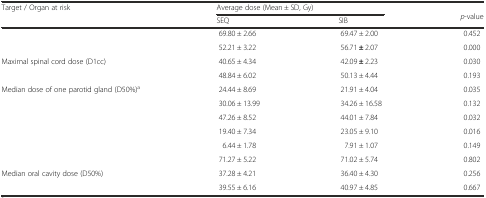
<table><thead><tr><td rowspan="2"><b>Target / Organ at risk</b></td><td colspan="2"><b>Average dose (Mean ± SD, Gy)</b></td><td rowspan="2"><b><i>p</i>-value</b></td></tr><tr><td><b>SEQ</b></td><td><b>SIB</b></td></tr></thead><tbody><tr><td>[EMPTY_CELL]</td><td>69.80 ± 2.66</td><td>69.47 ± 2.00</td><td>0.452</td></tr><tr><td>[EMPTY_CELL]</td><td>52.21 ± 3.22</td><td>56.71 <b>±</b> 2.07</td><td>0.000</td></tr><tr><td>Maximal spinal cord dose (D1cc)</td><td>40.65 ± 4.34</td><td>42.09 <b>±</b> 2.23</td><td>0.030</td></tr><tr><td>[EMPTY_CELL]</td><td>48.84 ± 6.02</td><td>50.13 ± 4.44</td><td>0.193</td></tr><tr><td>Median dose of one parotid gland (D50%)<sup>a</sup></td><td>24.44 ± 8.69</td><td>21.91 ± 4.04</td><td>0.035</td></tr><tr><td>[EMPTY_CELL]</td><td>30.06 ± 13.99</td><td>34.26 ± 16.58</td><td>0.132</td></tr><tr><td>[EMPTY_CELL]</td><td>47.26 ± 8.52</td><td>44.01 ± 7.84</td><td>0.032</td></tr><tr><td>[EMPTY_CELL]</td><td>19.40 ± 7.34</td><td>23.05 ± 9.10</td><td>0.016</td></tr><tr><td>[EMPTY_CELL]</td><td>6.44 ± 1.78</td><td>7.91 ± 1.07</td><td>0.149</td></tr><tr><td>[EMPTY_CELL]</td><td>71.27 ± 5.22</td><td>71.02 ± 5.74</td><td>0.802</td></tr><tr><td>Median oral cavity dose (D50%)</td><td>37.28 ± 4.21</td><td>36.40 ± 4.30</td><td>0.256</td></tr><tr><td>[EMPTY_CELL]</td><td>39.55 ± 6.16</td><td>40.97 ± 4.85</td><td>0.667</td></tr></tbody></table>